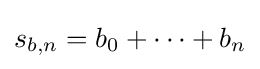
s_{b,n}=b_{0}+\cdots +b_{n}